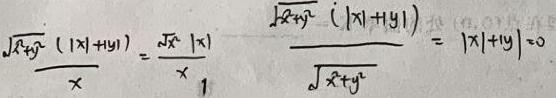
\[
\frac{\sqrt{x^{2}+y^{2}}(|x| + |y|)}{x}=\frac{\sqrt{x^{2}}|x|}{x},\quad \frac{\sqrt{x^{2}+y^{2}}(|x| + |y|)}{\sqrt{x^{2}+y^{2}}}=|x|+|y|\neq0
\]